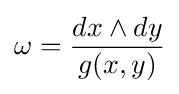
\omega ={\frac {dx\wedge dy}{g(x,y)}}